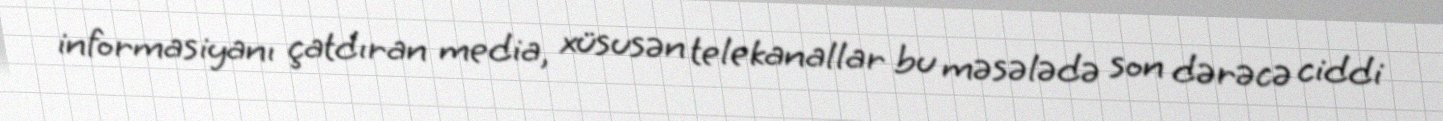
informasiyanı çatdıran media, xüsusən telekanallar bu məsələdə son dərəcə ciddi